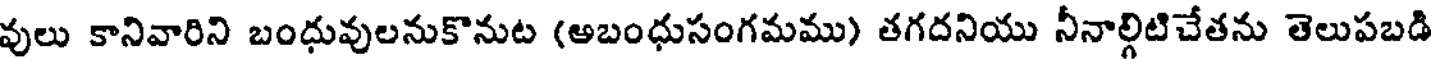
వులు కానివారిని బంధువులనుకొనుట (అబంధుసంగమము) తగదనియు నీనాల్గిటిచేతను తెలుపబడి